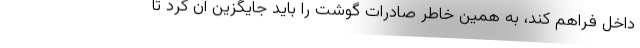
داخل فراهم کند، به همین خاطر صادرات گوشت را باید جایگزین آن کرد تا